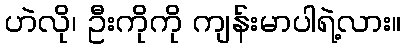
ဟဲလို၊ ဦးကိုကို ကျန်းမာပါရဲ့လား။